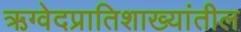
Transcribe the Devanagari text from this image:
ऋग्वेदप्रातिशाख्यांतील